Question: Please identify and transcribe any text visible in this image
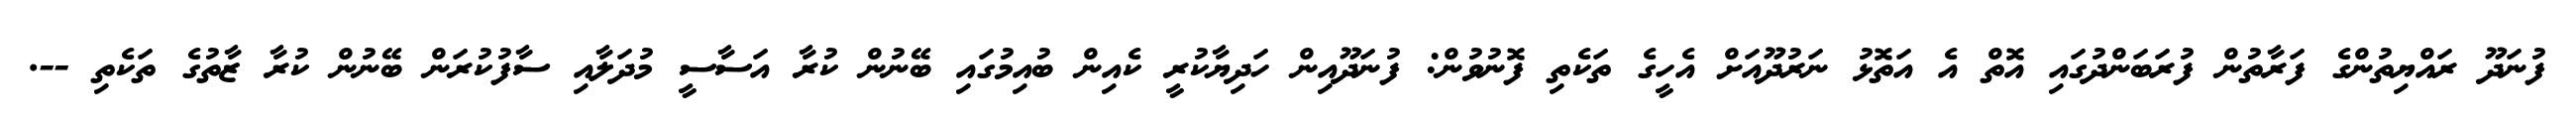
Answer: ފުނަދޫ ރައްޔިތުންގެ ފަރާތުން ފުރަބަންދުގައި އޮތް އެ އަތޮޅު ނަރުދޫއަށް އެހީގެ ތަކެތި ފޮނުވުން: ފުނަދޫއިން ހަދިޔާކުރީ ކެއިން ބުއިމުގައި ބޭނުން ކުރާ އަސާސީ މުދަލާއި ސާފުކުރަން ބޭނުން ކުރާ ޒާތުގެ ތަކެތި --.